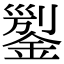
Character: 𨨬